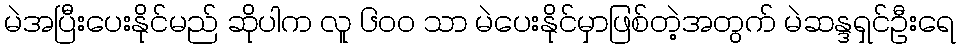
မဲအပြီးပေးနိုင်မည် ဆိုပါက လူ ၆၀၀ သာ မဲပေးနိုင်မှာဖြစ်တဲ့အတွက် မဲဆန္ဒရှင်ဦးရေ